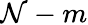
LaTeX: \mathcal{N}-m